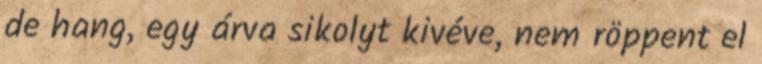
de hang, egy árva sikolyt kivéve, nem röppent el